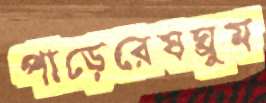
পাড়েরেষঘ্রুম